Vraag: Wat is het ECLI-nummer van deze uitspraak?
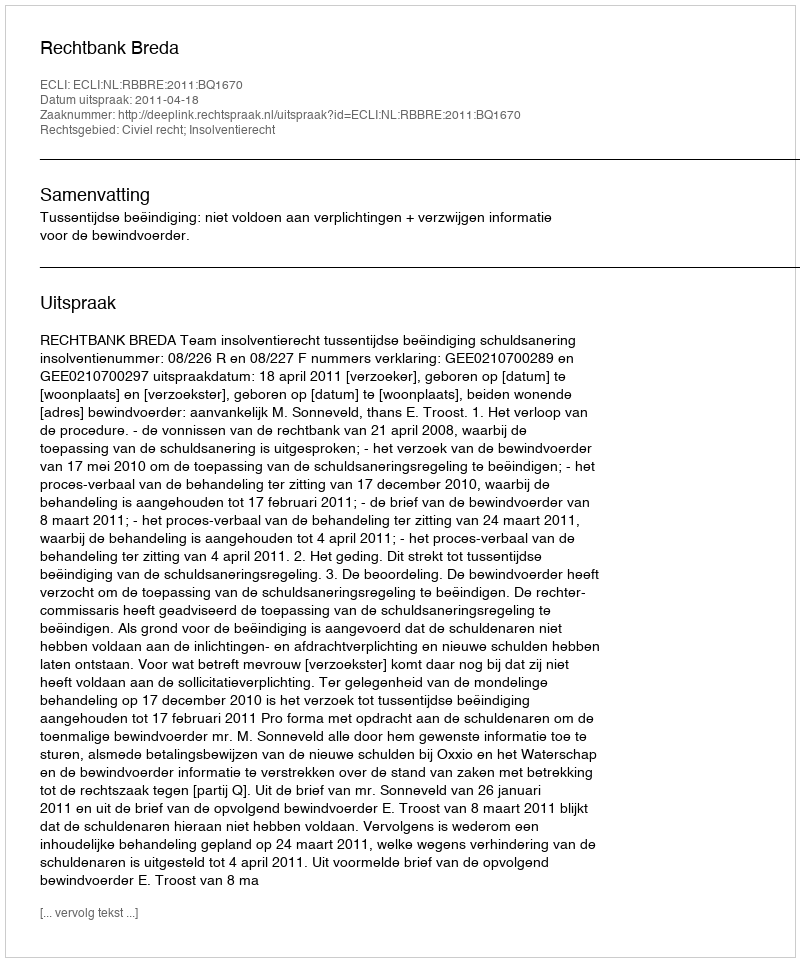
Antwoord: ECLI:NL:RBBRE:2011:BQ1670